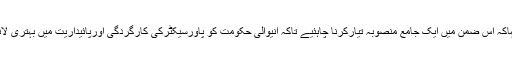
وزیراعظم نے کہاکہ اس ضمن میں ایک جامع منصوبہ تیارکرنا چاہئیے تاکہ آنیوالی حکومت کو پاورسیکٹرکی کارگردگی اورپائیداریت میں بہتری لانے میں آسانی ہو۔